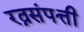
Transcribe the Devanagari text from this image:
रत्नसंपत्ती